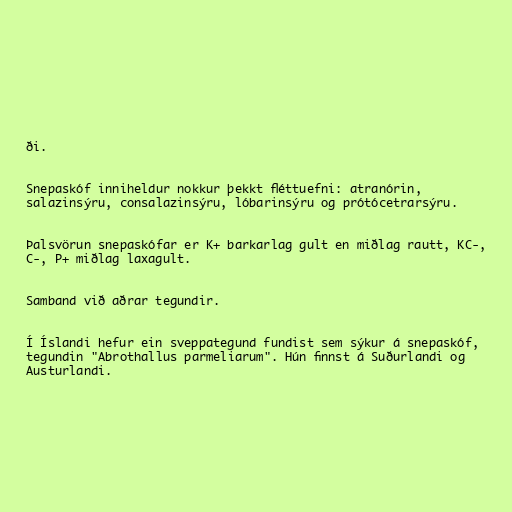
ði.

Snepaskóf inniheldur nokkur þekkt fléttuefni: atranórin,
salazinsýru, consalazinsýru, lóbarinsýru og prótócetrarsýru.

Þalsvörun snepaskófar er K+ barkarlag gult en miðlag rautt, KC-,
C-, P+ miðlag laxagult.

Samband við aðrar tegundir.

Í Íslandi hefur ein sveppategund fundist sem sýkur á snepaskóf,
tegundin "Abrothallus parmeliarum". Hún finnst á Suðurlandi og
Austurlandi.